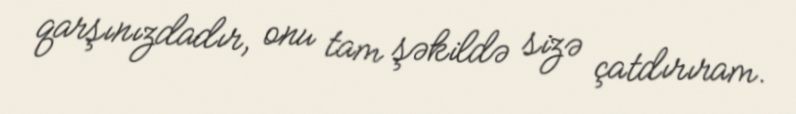
qarşınızdadır, onu tam şəkildə sizə çatdırıram.